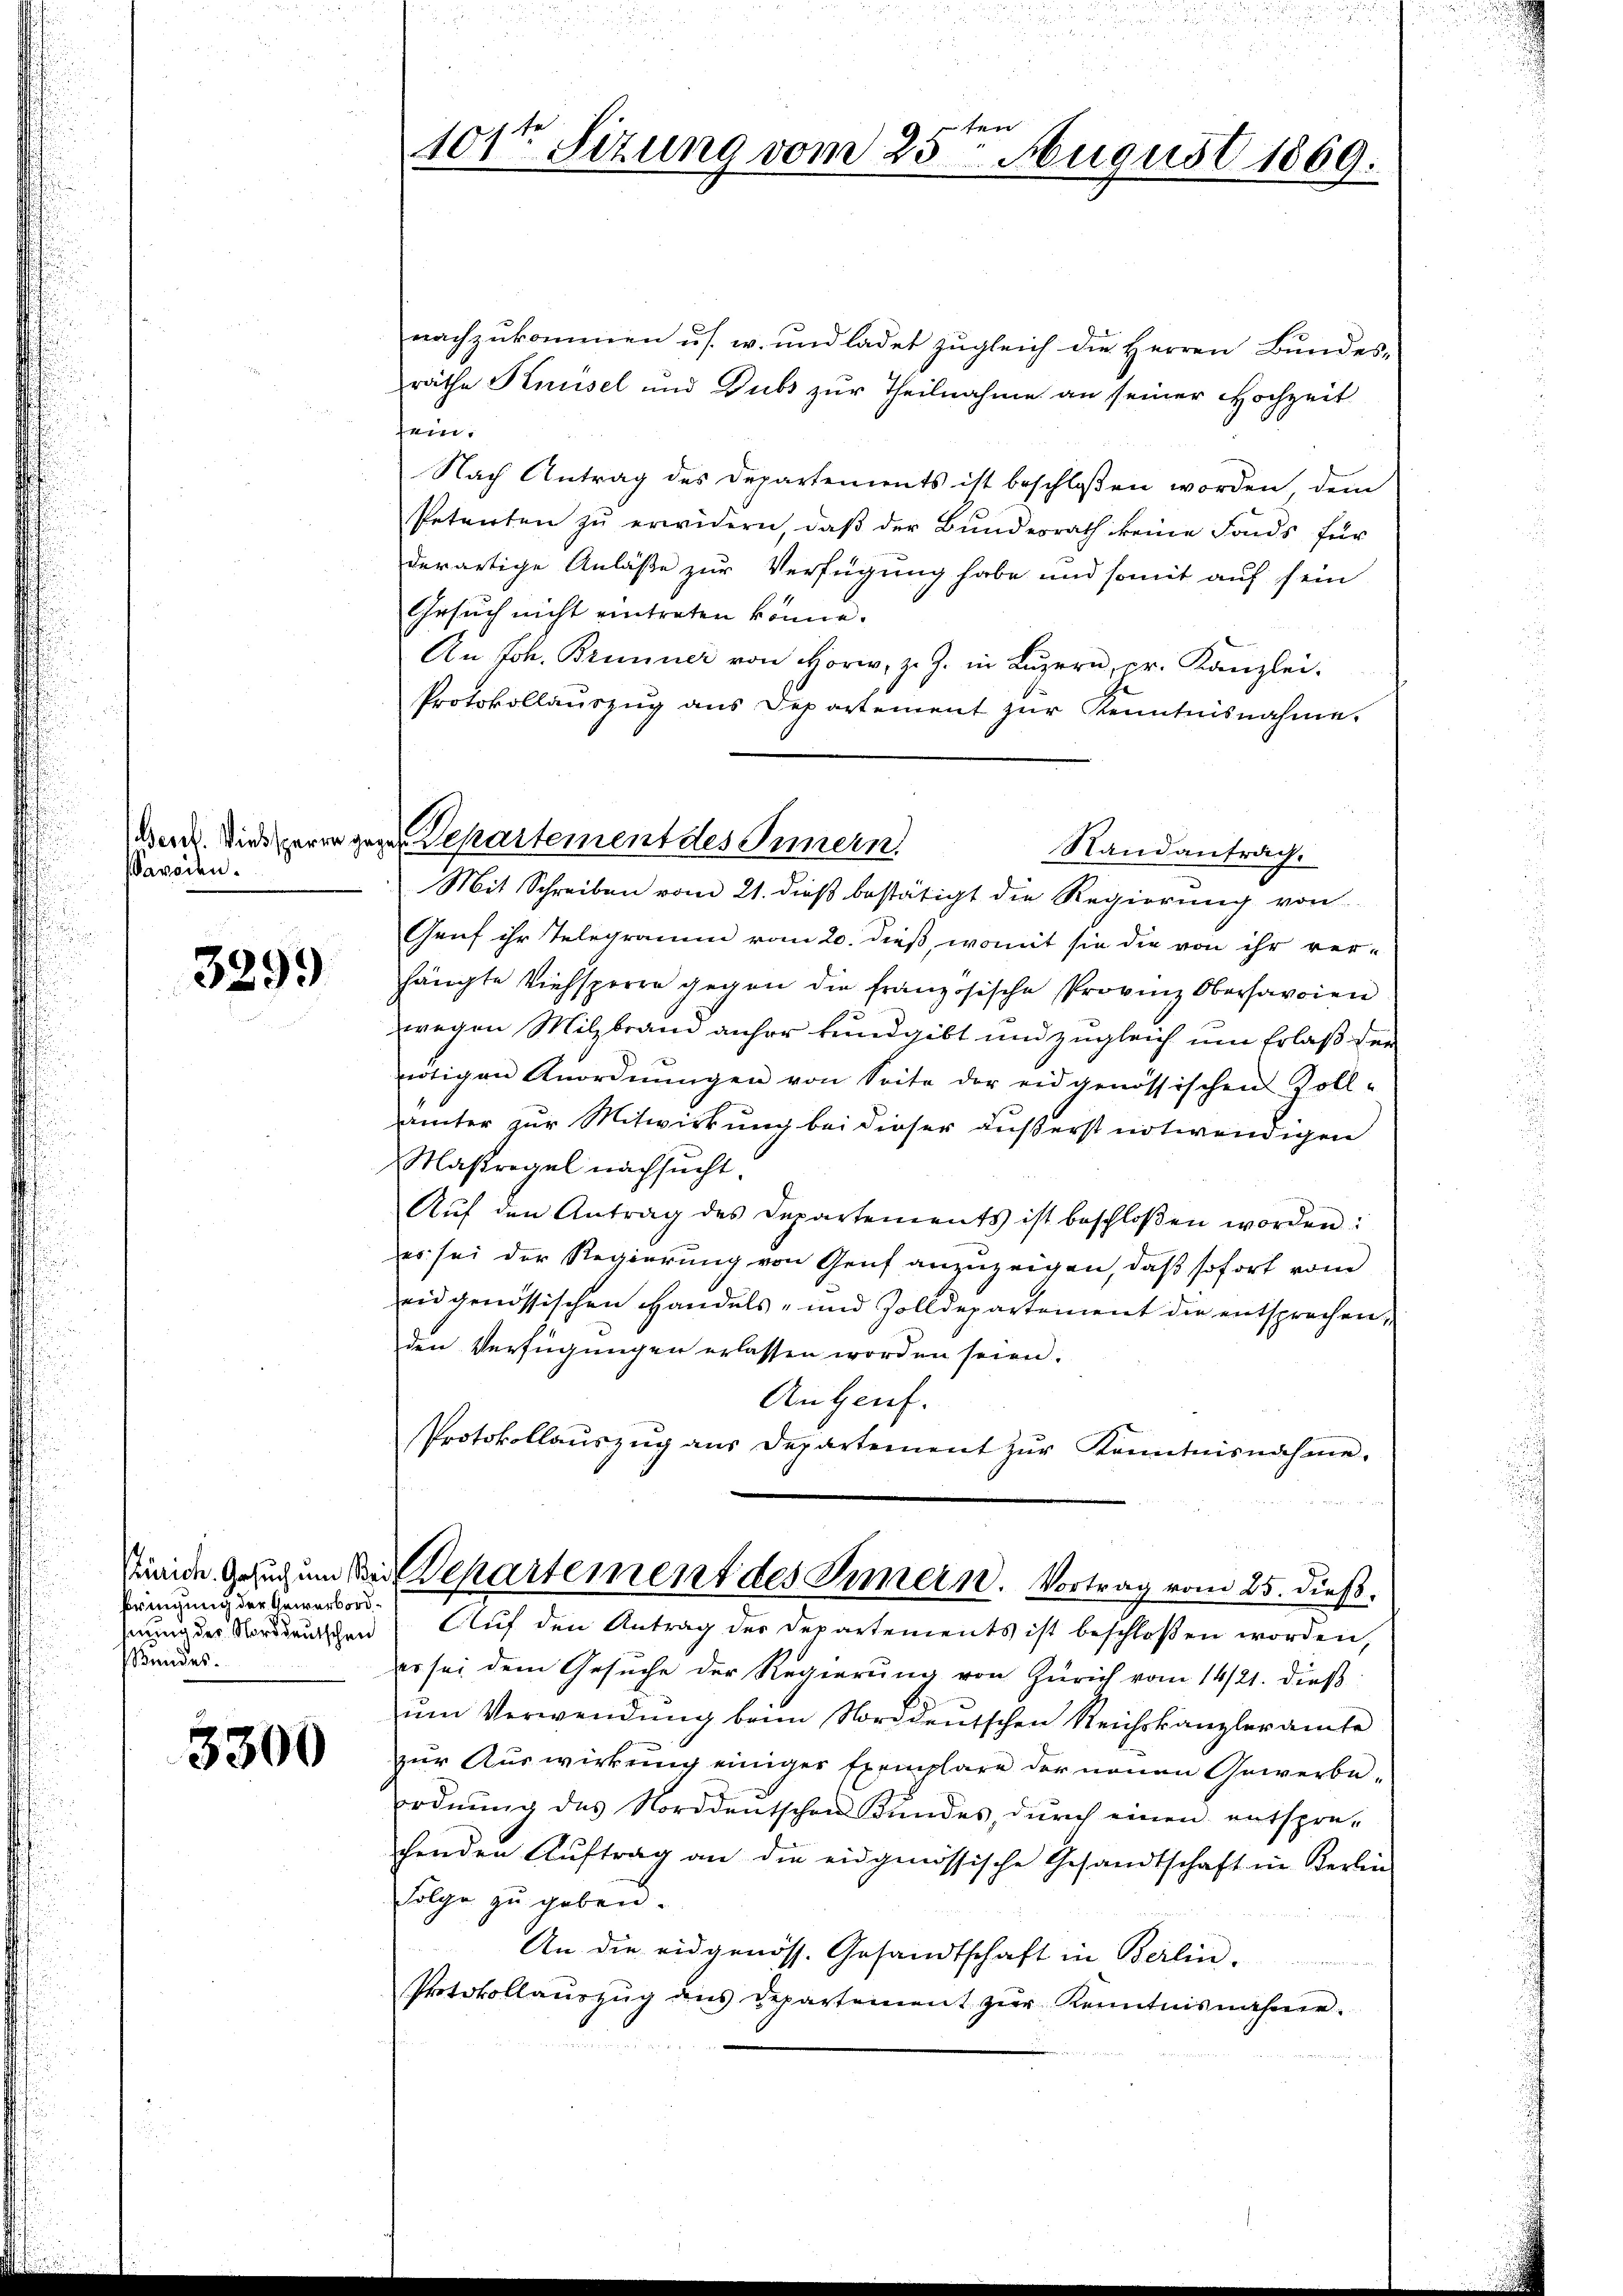
Berf. Diebsparre ge
Saroden.

329.)

bringung der Gewerbord¬
Bundes.

3300

e
101ten Sizung vom 25. August 1869.

Departement des Innern.
Randantrag.

nachzukommen u s. w. und ladet zugleich die Herren Bundes-
räthe Knüsel und Dubs zur Theilnahme an seiner Hochzeit
fein.
Nach Antrag des Departements ist beschlossen worden, dem
Petenten zŭ erwidern, daβ der Bŭndesrath keine Fonds für
derartige Anläße zur Verfügung habe und somit auf sein
Gesuch nicht eintreten könne.
An Joh. Brunner von Horw, z. Z. in Luzern, pr. Kanzlei.
Protokollaŭszŭg ans Departement zŭr Kenntnisnahme.
Mit Schreiben vom 21. dieß bestätigt die Regierung von
Genf ihr Telegramm vom 20. dieß, womit sie die von ihr ver-
hängte Viehsperre gegen die französische Provinz Obersavoien
wegen Milzbrand anher kundgibt und zugleich um Erlaß der
ertigen Anordnŭngen von Seite der eidgenössischen Zoll-
ämter zur Mitwirkung bei dieser äußerst notwendigen
Maßregel nachsucht.
Aŭf den Antrag des Departements ist beschloßen worden:
es sei der Regierung von Genf anzuzeigen, daß sofort vom
eidgenössischen Handels- und Zolldepartement die entsprechen,
den Verfügungen erlassen worden seien.
Angeuf.
Protokollauszug aus Departement zŭr Kenntnisnahme.
ieide Gezug um Bei Departement des Innern. Vortrag vom 25. dieß.
erung der Norddeuchen Auf den Antrag der Departements ist beschlossen worden,
er sei dem Gesuche der Regierung von Zürich vom 14/21. dieß
ŭm Verwendŭng beim Norddeutschen Reichskanzleramte
zur Auswirkung einiger Exemplare der neuen Gewerbeordnŭng des Norddentschen Kundes, dŭrch einen entspre-
chenden Aŭftrag an die eidgenössische Gesandtschaft in Kerlin-
Folge zu geben.
An die eidgenöss. Gesandtschaft in Berlin-
Protokollaŭszŭg des Departement zŭr Kenntnisnahme.